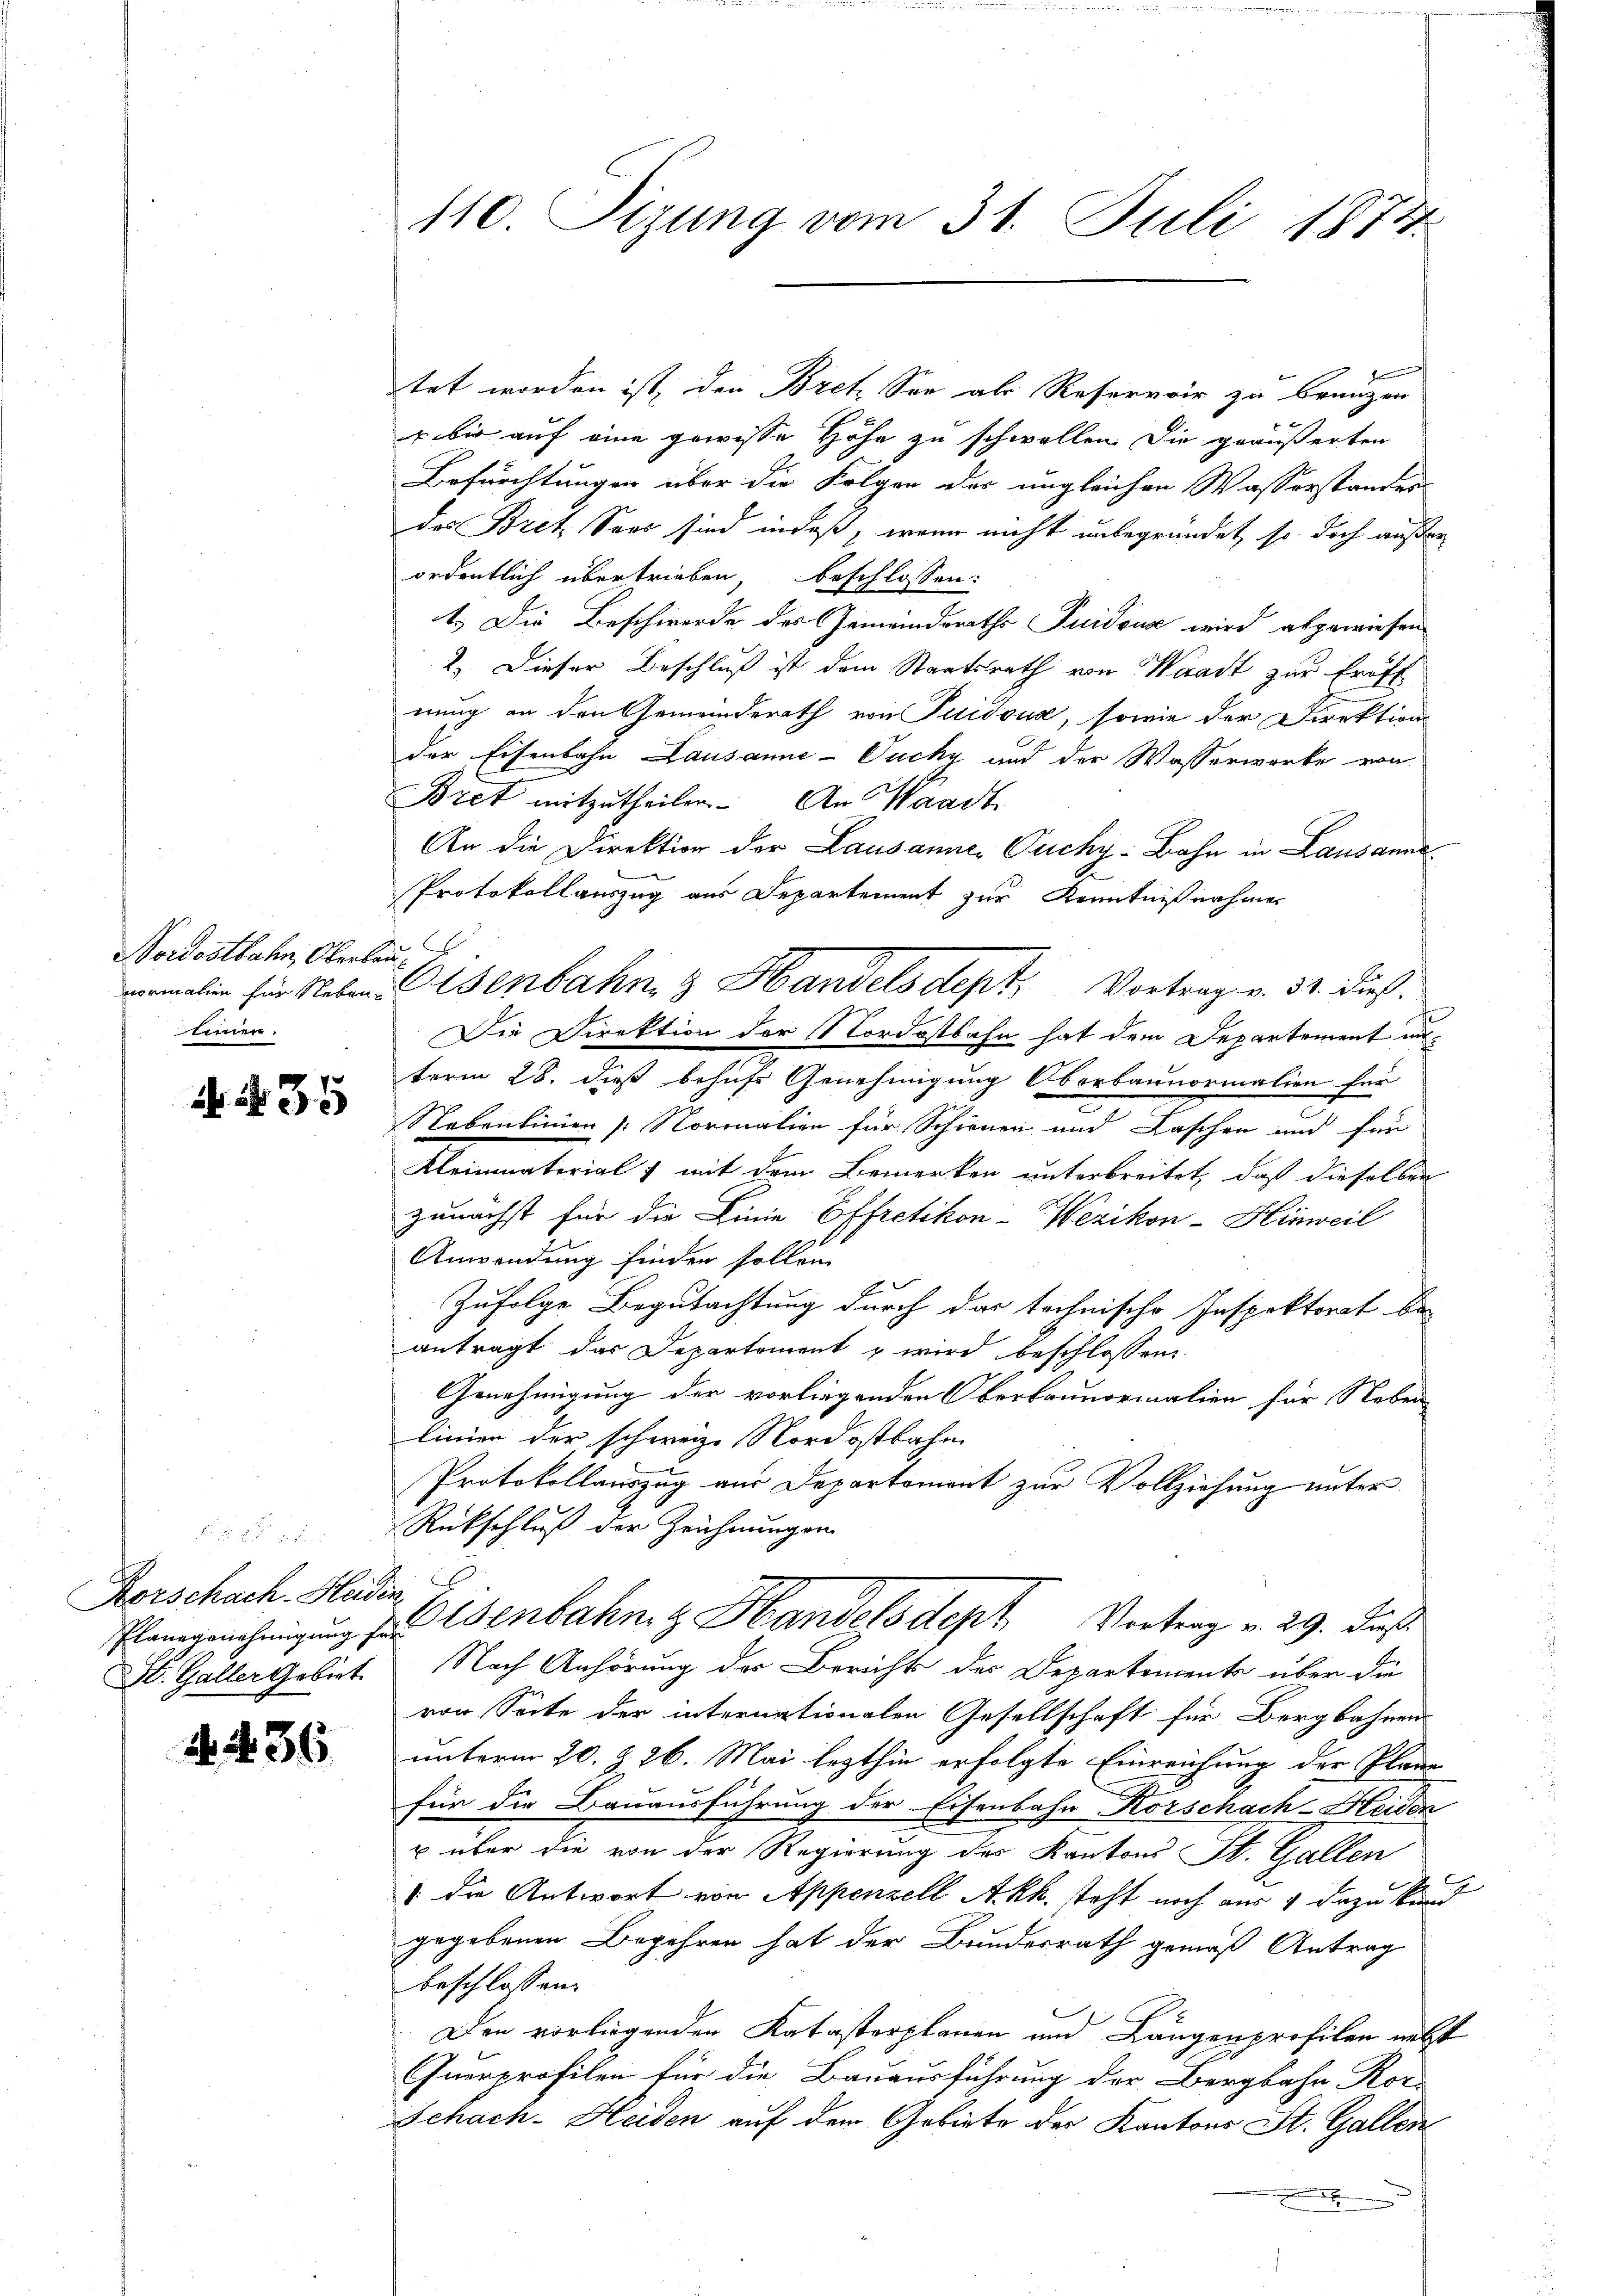
Nordostbahn, Oberbau¬
Einen.

35

tet worden ist, den Bret. See als Reservoir zu branzen
 bis auf eine gewisse Höhe zu schwellen. Die geäußerten
Befürchtungen über die Folgen der ungleichen Wasserstanders
des Bret Sees sind indeß, wenn nicht unbegründet, so doch außer
ordentlich übertrieben, beschlossen:
1.) Die Beschwerde des Gemeindraths Suidouse wird abgewiesen
2.) Dieser Beschluß ist dem Staatsrath von Waadt zur Eröff
nung an den Gemeinderath von Puidoua, sowie der Direktion
der Eisenbahn Lausanne - Ducky und der Wasserwerke von
Bret mitzutheilen. An Waadt
An die Direktion der Lausanne, Ouchy Bahn in Lausanne
Protokollauszug aus Departement zur Kenntnißnahmen
melin für Neben. Eisenbahn & Handels dept, Vortrag v. 3. dieß.
Die Direktion der Nordostbahn hat dem Departement und
term 28. dieß behufs Genehmigung Oberbannormalien für
Stabenlinien Normalien für Schienen und Laschen und für
Kleinmaterial & mit dem Bemerken unterbreitet, daß dieselben
zunächst für die Linie Effretikon-Wezikon-Hinweil
Anwendung finden sollen
Zufolge Begutachtung durch das technische Inspektorat be-
antragt das Departement & wird beschlossen,
Genehmigung der vorliegenden Oberbannormalien für Neben
linien der schweiz. Nordostbahn
Protokollauszug aus Departement zur Vollziehung unter
Rückschluß der Zeichnungen
Plangenehmigung & Eisenbahnt Handels dept Vortrag v. 29. Daß
S. Galler Gebiet Nach Anhörung der Berichts des Departemente über die
von Seite der internationalen Gesellschaft für Bergbahnen
unterm 20. §. 26. Mai lezthin erfolgte Einreichung der Plane
für die Bauausführung der Eisenbahn Korschach-Heiden
u über die von der Regierung des Kantons St. Gallen
u
" die Antwort von Appenzell Akk. steht noch aus 4 dazu kund
gegebenen Begehren hat der Bundesrath gemäß Antrag
beschlossen:
Den vorliegenden Katasterplanen und Längenprofilen nebst
Gnerprofilen für die Bauausführung der Bergbahn Röc
Schach-Heiden auf dem Gebiete der Kantons St. Gallen
.

Korschach-Heiden

4. 36

110. Sizung vom 31. Juli 1874